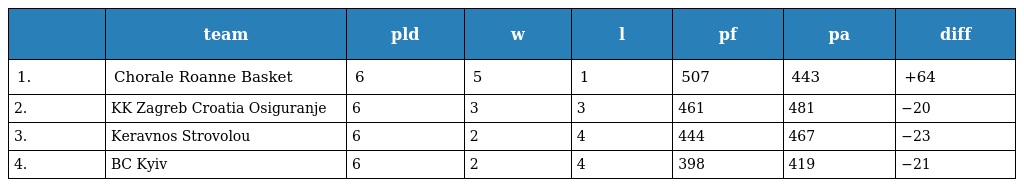
|  | team | pld | w | l | pf | pa | diff |
 | --- | --- | --- | --- | --- | --- | --- | --- |
 | 1. | Chorale Roanne Basket | 6 | 5 | 1 | 507 | 443 | +64 |
 | 2. | KK Zagreb Croatia Osiguranje | 6 | 3 | 3 | 461 | 481 | −20 |
 | 3. | Keravnos Strovolou | 6 | 2 | 4 | 444 | 467 | −23 |
 | 4. | BC Kyiv | 6 | 2 | 4 | 398 | 419 | −21 |